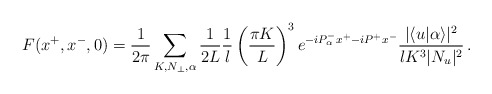
\begin{align*}F(x^+,x^-,0)=\frac{1}{2 \pi} \sum_{K,N_\perp,\alpha} \frac{1}{2L}\frac{1}{l} \left(\frac{\pi K}{L}\right)^3 e^{-iP^-_\alpha x^+ -iP^+ x^-} \frac{|\langle u|\alpha\rangle|^2}{l K^3 |N_u|^2} \,.\end{align*}